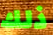
ذلك